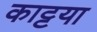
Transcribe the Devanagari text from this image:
काट्टया